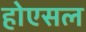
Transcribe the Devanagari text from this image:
होएसल